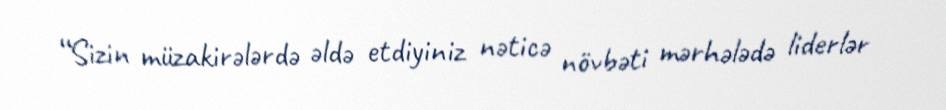
“Sizin müzakirələrdə əldə etdiyiniz nəticə növbəti mərhələdə liderlər